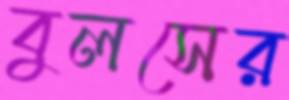
বুলসের